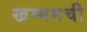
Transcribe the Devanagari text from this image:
खम्ममची